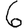
Digit: 6